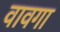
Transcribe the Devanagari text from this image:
वावगा